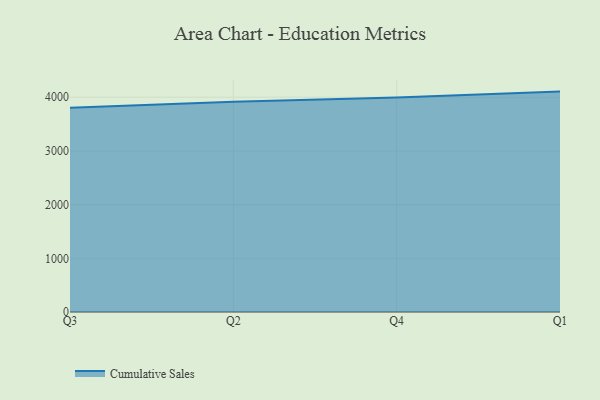
{"axis": {"x": "Quarter", "y": "LTV (USD)"}, "legend": ["Cumulative Sales"], "data": [{"x": "Q3", "y": 3801.7, "type": "Cumulative Sales"}, {"x": "Q2", "y": 3916.9, "type": "Cumulative Sales"}, {"x": "Q4", "y": 3995.7, "type": "Cumulative Sales"}, {"x": "Q1", "y": 4104.5, "type": "Cumulative Sales"}]}